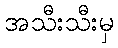
အသီးသီးမှ